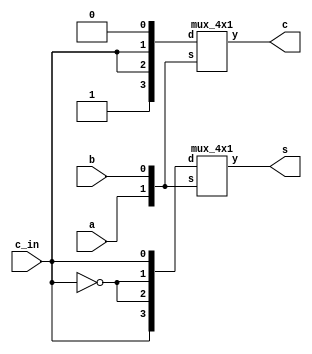
module adder_full (s, c, a, b, c_in);
    output s, c;
    input a, b, c_in;
    wire not_c_in;
    not m0(not_c_in, c_in);
    mux_4x1 m1(s, {a, b}, {c_in, not_c_in, not_c_in, c_in});
    mux_4x1 m2(c, {a, b}, {1'b1, c_in, c_in, 1'b0});
endmodule


module mux_4x1 (y, s, d);
    output y;
    input [1:0] s;
    input [3:0] d;

    wire not_s0, not_s1, d0_out, d1_out, d2_out, d3_out;
    not (not_s0, s[0]);
    not (not_s1, s[1]);

    nand (d0_out, not_s1, not_s0, d[0]);
    nand (d1_out, not_s1, s[0], d[1]);
    nand (d2_out, s[1], not_s0, d[2]);
    nand (d3_out, s[1], s[0], d[3]);
    
        
    nand (y, d0_out, d1_out, d2_out, d3_out);

endmodule

module prob_4_46_a_tb;
    reg [2:0] in;
    wire s, c;
    
    //Instantiate UUT
    adder_full UUT(s, c, in[2], in[1], in[0]);

    //stimulus block
    initial
        begin
            in = 3'b000;
            repeat (7) #10 in = in + 1'b1; 
        end
    initial $monitor("in = %b, s = %b, c = %b", in, s, c);
endmodule

/*module mux_4x1_tb;
    reg [3:0] in;
    reg [1:0]s;
    wire y;
    
    //Instantiate UUT
    mux_4x1 UUT(y, s, in);

    //stimulus block
    initial
        begin
            in = 4'b0101;
            s = 2'b00;
            repeat (3) #10 s = s + 1'b1;
            
        end
    initial $monitor("in = %b, s = %b, y = %b", in, s, y);
endmodule
*/